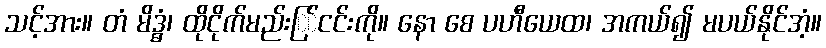
သင့်အား။ တံ မိဒ္ဓံ၊ ထိုငိုက်မည်းြ်ငင်းကို။ နော စေ ပဟီယေထ၊ အကယ်၍ မပယ်နိုင်အံ့။